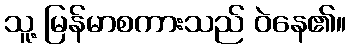
သူ့ မြန်မာစကားသည် ဝဲနေ၏။